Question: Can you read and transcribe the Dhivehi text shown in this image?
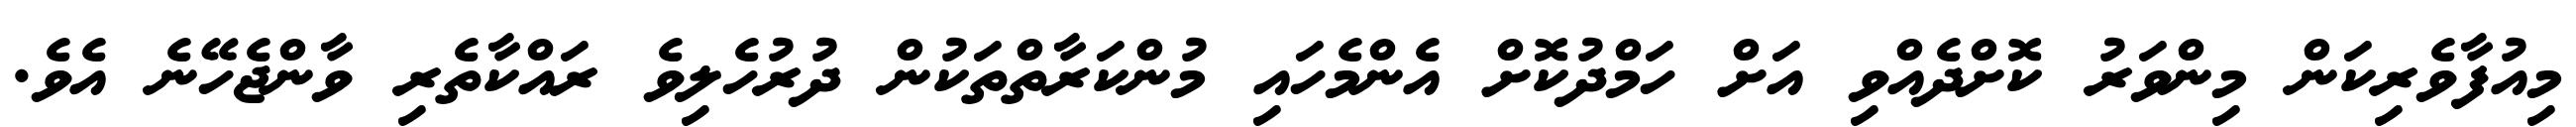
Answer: މިއުފާވެރިކަން މިންވަރު ކޮށްދެއްވި އަށް ހަމްދުކޮށް އެންމެހައި މުންކަރާތްތަކުން ދުރުހެލިވެ ރައްކާތެރި ވާންޖެހޭނެ އެވެ.